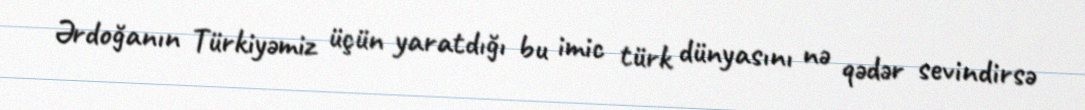
Ərdoğanın Türkiyəmiz üçün yaratdığı bu imic türk dünyasını nə qədər sevindirsə